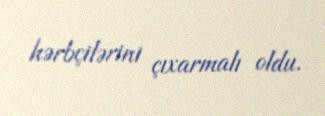
hərbçilərini çıxarmalı oldu.